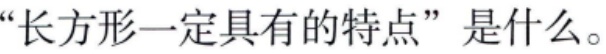
“长方形一定具有的特点”是什么。